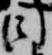
因